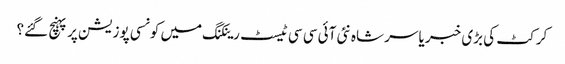
کرکٹ کی بڑی خبر یاسر شاہ نئی آئی سی سی ٹیسٹ رینکنگ میں کونسی پوزیشن پر پہنچ گئے؟